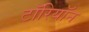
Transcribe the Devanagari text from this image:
टॉरियॉन